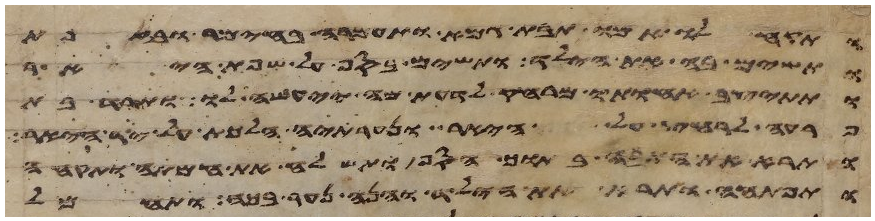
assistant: ותקח לו אמו תבת גמא ותחמרה בחימר ובזפת
ותשם בה את הילד ותשם בסף על שפת היאר
ותתיצב אחותו מרחק לדעת מה יעשה לו ותרד בת
פרעה לרחץ על היאר ונערתיה הלכת על יד היאר
ותרא את התבה בתוך הסף ותשלח את אמתה ותקחה
ותפתחה ותרא את הילד והנה נער בכה ותחמל